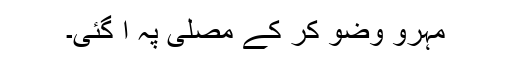
مہرو وضو کر کے مصلیّ پہ آ گئی۔